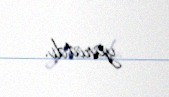
yaratdı.